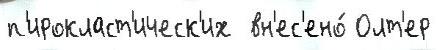
п'ирокласт'ическ'их  вн'ес'ено́ Олт'ер